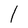
Character: l